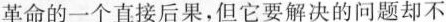
革命的一个直接后果，但它要解决的问题却不